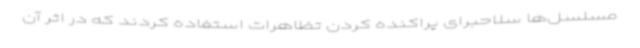
مسلسل‌ها سلاحبرای پراکنده کردن تظاهرات استفاده کردند که در اثر آن